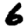
Digit: 6